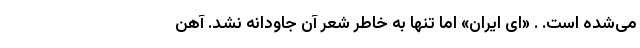
می‌شده است. . «ای ایران» اما تنها به خاطر شعر آن جاودانه نشد. آهن